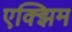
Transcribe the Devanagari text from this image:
एक्झिम